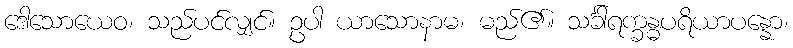
ဒေါသောယေဝ၊ သည်ပင်လျှင်။ ဥပါ ယာသောနာမ၊ မည်၏။ သင်္ခါရက္ခန္ဓပရိယာပန္နော၊